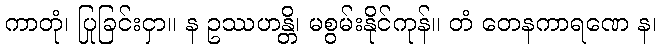
ကာတုံ၊ ပြုခြင်းငှာ။ န ဥဿဟန္တိ၊ မစွမ်းနိုင်ကုန်။ တံ တေနကာရဏေ န၊